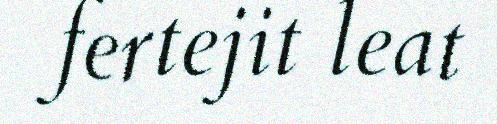
fertejit leat